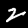
Label: 2